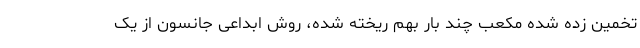
تخمین زده شده مکعب چند بار بهم ریخته شده، روش ابداعی جانسون از یک